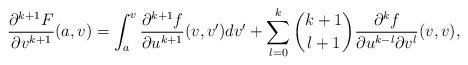
LaTeX: \begin{align*} \frac{\partial^{k+1}F}{\partial v^{k+1}}(a,v)=\int_a^v\frac{\partial^{k+1}f}{\partial u^{k+1}}(v,v')dv'+\sum_{l=0}^k\binom{k+1}{l+1}\frac{\partial^kf}{\partial u^{k-l}\partial v^l}(v,v),\end{align*}